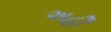
અહીઁ